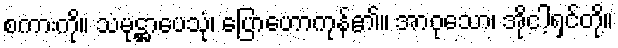
စကားကို။ သမုဋ္ဌာပေသုံ၊ ပြောဟောကုန်၏။ အာဝုသော၊ အိုငါ့ရှင်တို့။